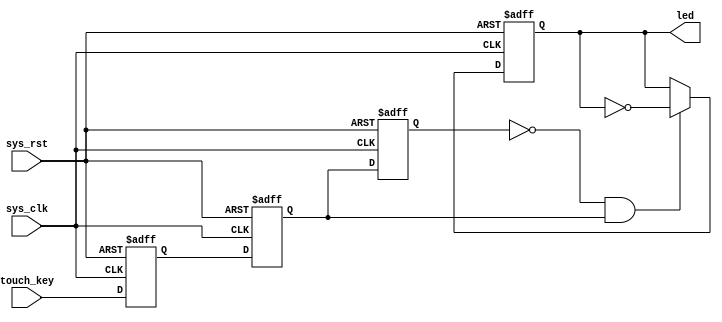
module touch_led (
    input wire [0:0] sys_clk,
    input wire [0:0] sys_rst,
    input wire [0:0] touch_key,
    output reg [0:0] led
);

reg [0:0] touch_key_b0;
reg [0:0] touch_key_b1;
reg [0:0] touch_key_b2;
wire [0:0] detected_edge;
// posedge detection
always @(posedge sys_clk or negedge sys_rst) begin
    if (!sys_rst) begin
        touch_key_b0 <= 1'b0;
        touch_key_b1 <= 1'b0;
        touch_key_b2 <= 1'b0;
    end else begin
        touch_key_b0 <= touch_key;
        touch_key_b1 <= touch_key_b0;
        touch_key_b2 <= touch_key_b1;
    end
end

assign detected_edge = ~touch_key_b2 & touch_key_b1;

always @(posedge sys_clk or negedge sys_rst) begin
    if (!sys_rst) 
        led <= 1'b0;
    else if (detected_edge) 
        led <= ~led;
end
endmodule